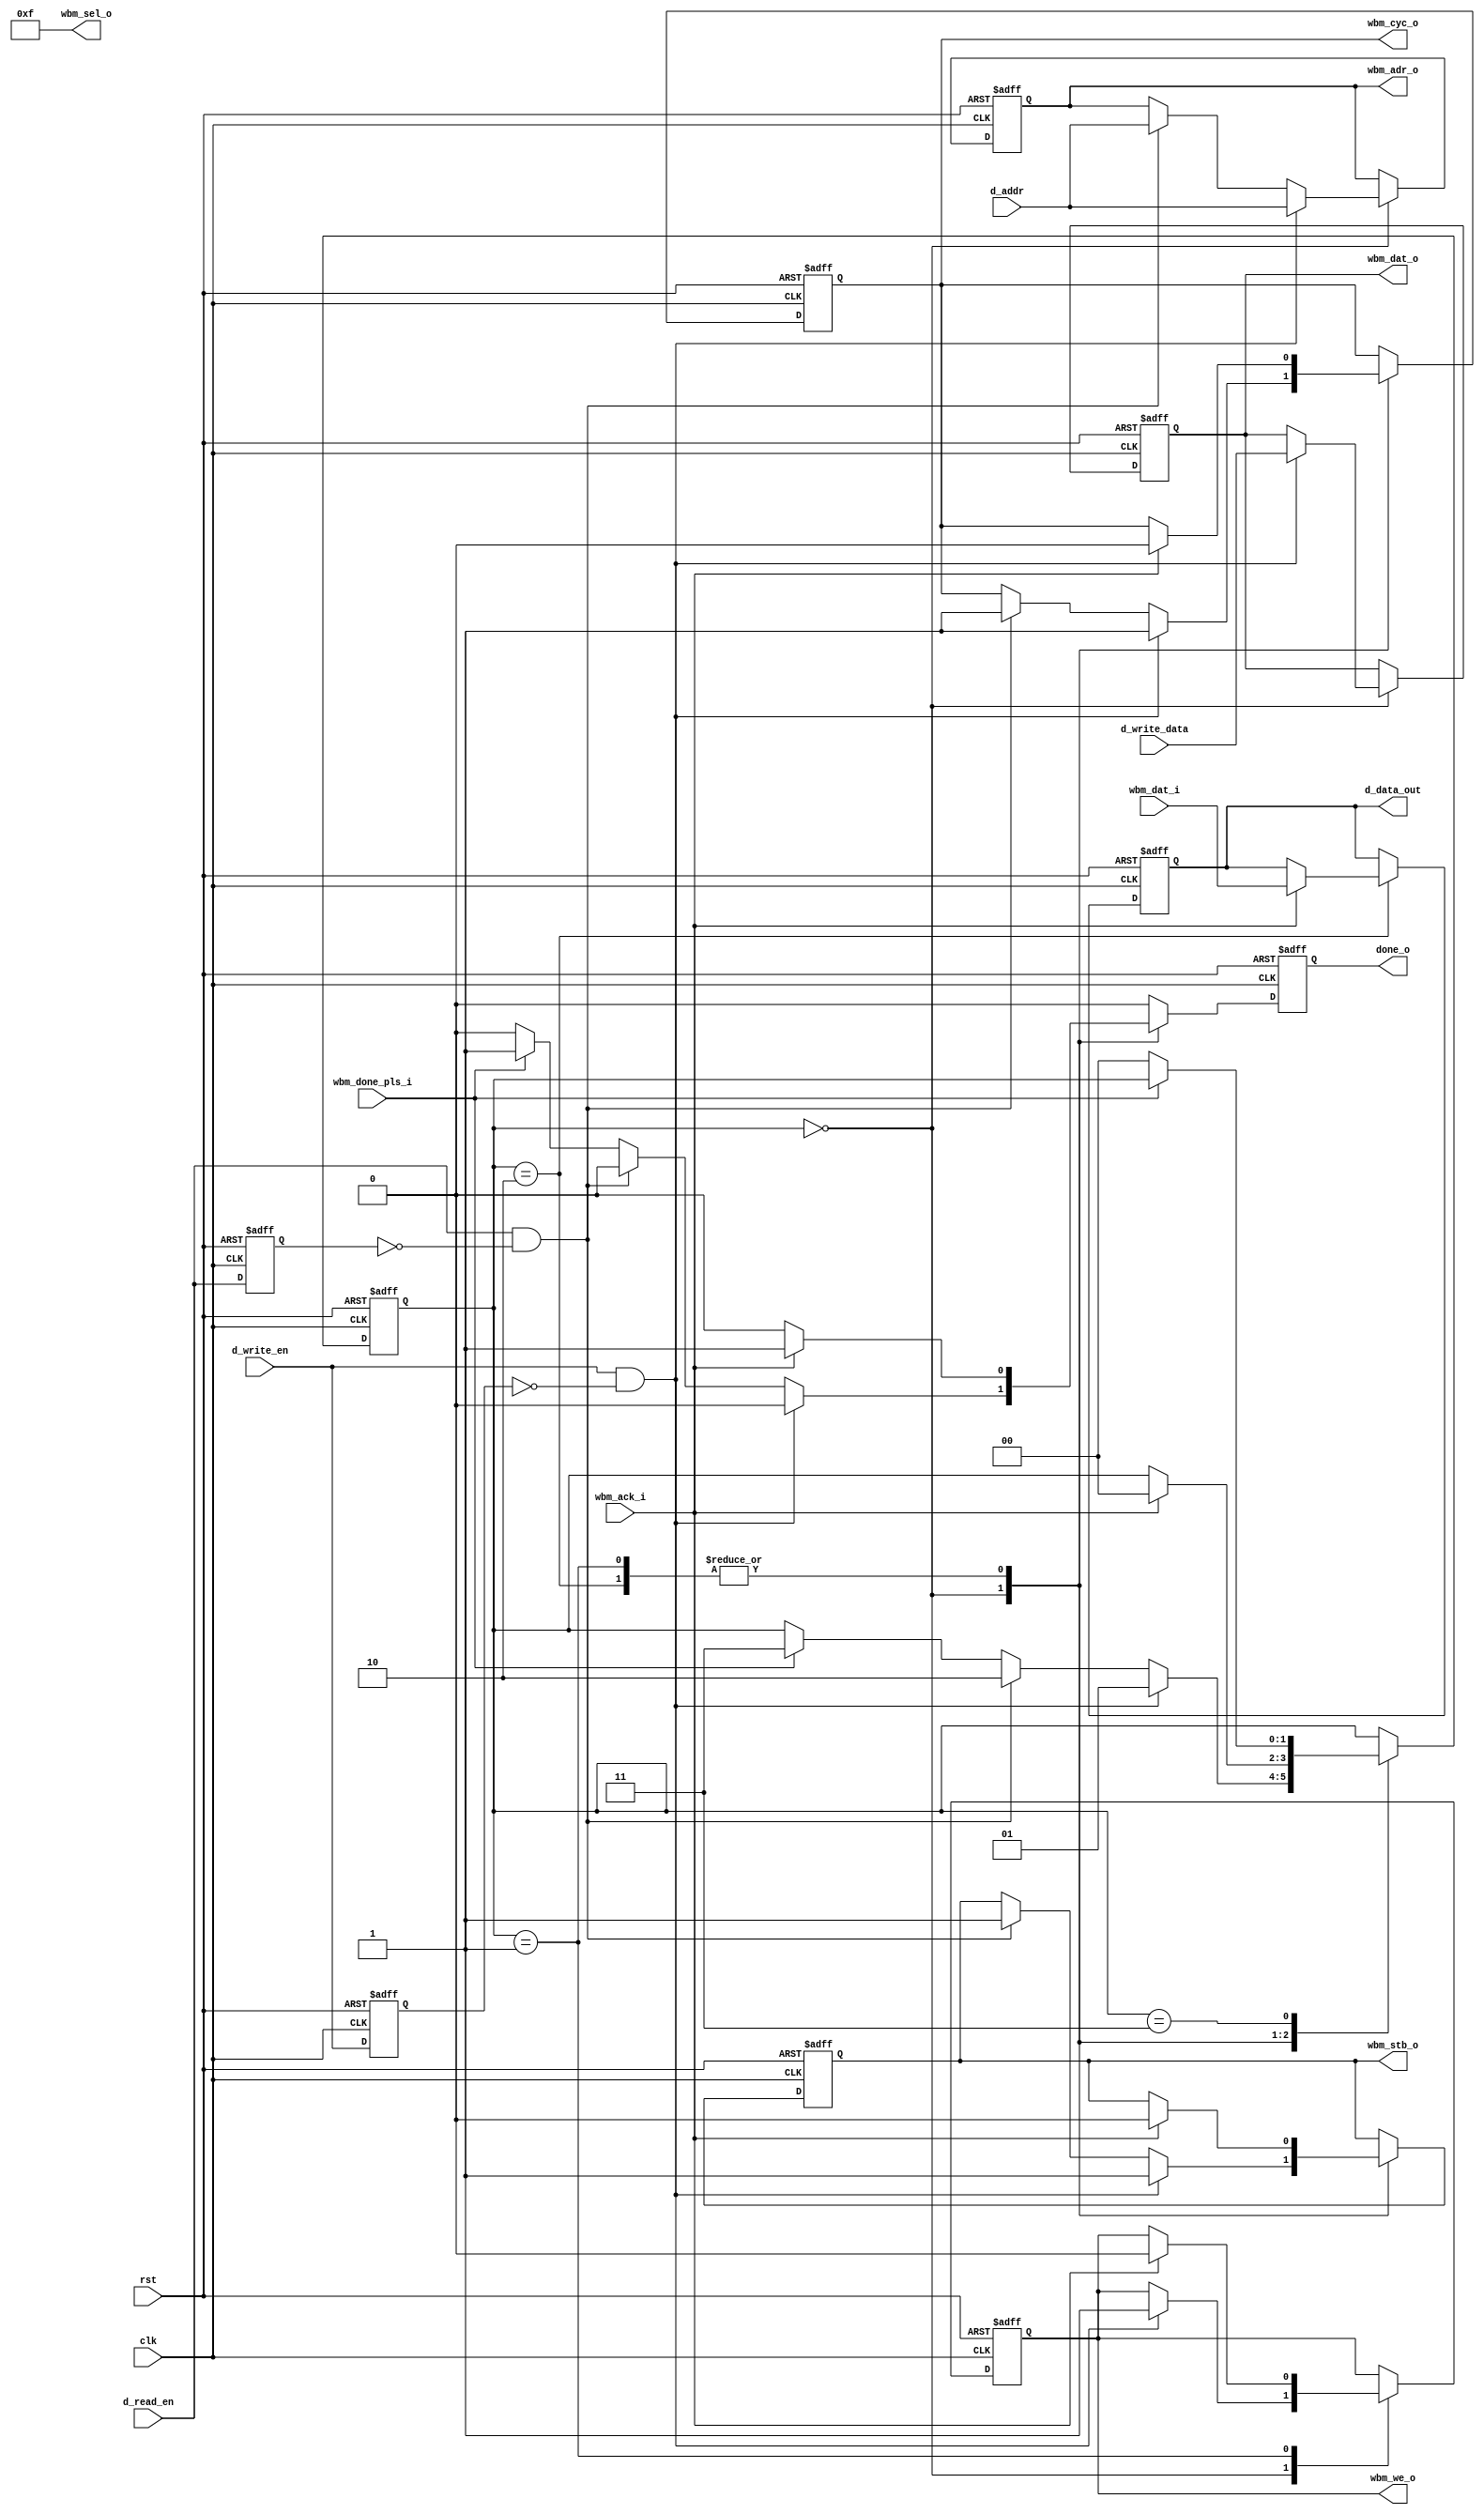
module master_wb(
    
    input clk,
    input rst,
    
    output reg done_o,
    
    // mem signals
    input  wire         d_read_en,
    input  wire         d_write_en,
    input  wire [31:0]  d_addr,
    input  wire [31:0]  d_write_data,
    output reg  [31:0]  d_data_out,
    
    // wb signals
    input             wbm_done_pls_i,
    input      [31:0] wbm_dat_i,
    input             wbm_ack_i,
    output reg [31:0] wbm_dat_o,
    output reg        wbm_we_o,
    output     [3:0]  wbm_sel_o,
    output reg [31:0] wbm_adr_o,
    output reg        wbm_cyc_o,
    output reg        wbm_stb_o
);

    reg [1:0] state_r;
    
    assign wbm_sel_o = 4'b1111;
    
    localparam IDLE      = 0;
    localparam WRITE_ACK = 1;
    localparam READ_ACK  = 2;
    localparam DONE_PLS  = 3;
    
    reg rd_r, wr_r;
    

    always@(posedge clk, posedge rst) 
        
        if(rst) begin
             state_r    <= IDLE;
             
             done_o     <= 1'b0;
             wbm_adr_o <= 0;
             wbm_dat_o  <= 0;
             wbm_we_o   <= 1'b0;
             wbm_stb_o  <= 1'b0;
             wbm_cyc_o  <= 1'b0;
             
             d_data_out <= 0;
             
             rd_r <= 0;
             wr_r <= 0;
        end else begin
        
            rd_r <= d_read_en;
            wr_r <= d_write_en;
        
            done_o <= 1'b0;
            
            case(state_r) 
                IDLE: 
                    if(d_write_en && !wr_r) begin
                         wbm_adr_o <= d_addr;
                         wbm_dat_o  <= d_write_data;
                         wbm_we_o   <= 1'b1;
                         wbm_stb_o  <= 1'b1;
                         wbm_cyc_o  <= 1'b1;
                     
                         state_r    <= WRITE_ACK;
                    end else if (d_read_en && !rd_r) begin
                         wbm_adr_o <= d_addr;
                         wbm_stb_o  <= 1'b1;
                         wbm_cyc_o  <= 1'b1;
                        
                         state_r <= READ_ACK;
                    end else if (wbm_done_pls_i) begin
                         done_o  <= 1'b1;
                         state_r <= DONE_PLS;
                    end
                WRITE_ACK: 
                    if(wbm_ack_i) begin
                        wbm_we_o   <= 1'b0;
                        wbm_stb_o  <= 1'b0;
                        wbm_cyc_o  <= 1'b0;
                        
                        done_o     <= 1'b1;
                        state_r    <= IDLE;
                    end
                READ_ACK:
                    if(wbm_ack_i) begin
                         wbm_stb_o  <= 1'b0;
                         wbm_cyc_o  <= 1'b0;
                        
                         d_data_out <= wbm_dat_i;
                        
                         done_o     <= 1'b1;
                         state_r    <= IDLE;
                    end
                DONE_PLS: 
                    if(!wbm_done_pls_i)
                         state_r <= IDLE;
                    
            endcase
        end
  



endmodule